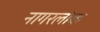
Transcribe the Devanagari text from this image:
नागरलोक